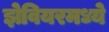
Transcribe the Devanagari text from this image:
झेवियरमध्ये